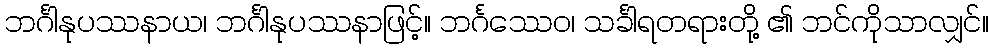
ဘင်္ဂါနုပဿနာယ၊ ဘင်္ဂါနုပဿနာဖြင့်။ ဘင်္ဂဿေဝ၊ သင်္ခါရတရားတို့ ၏ ဘင်ကိုသာလျှင်။